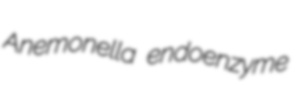
Anemonella endoenzyme